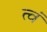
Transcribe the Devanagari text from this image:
त्वं